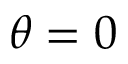
\theta = 0